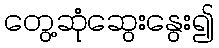
တွေ့ဆုံဆွေးနွေး၍